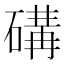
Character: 䃓